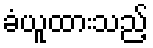
ခံယူထားသည့်